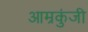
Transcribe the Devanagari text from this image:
आम्रकुंजी